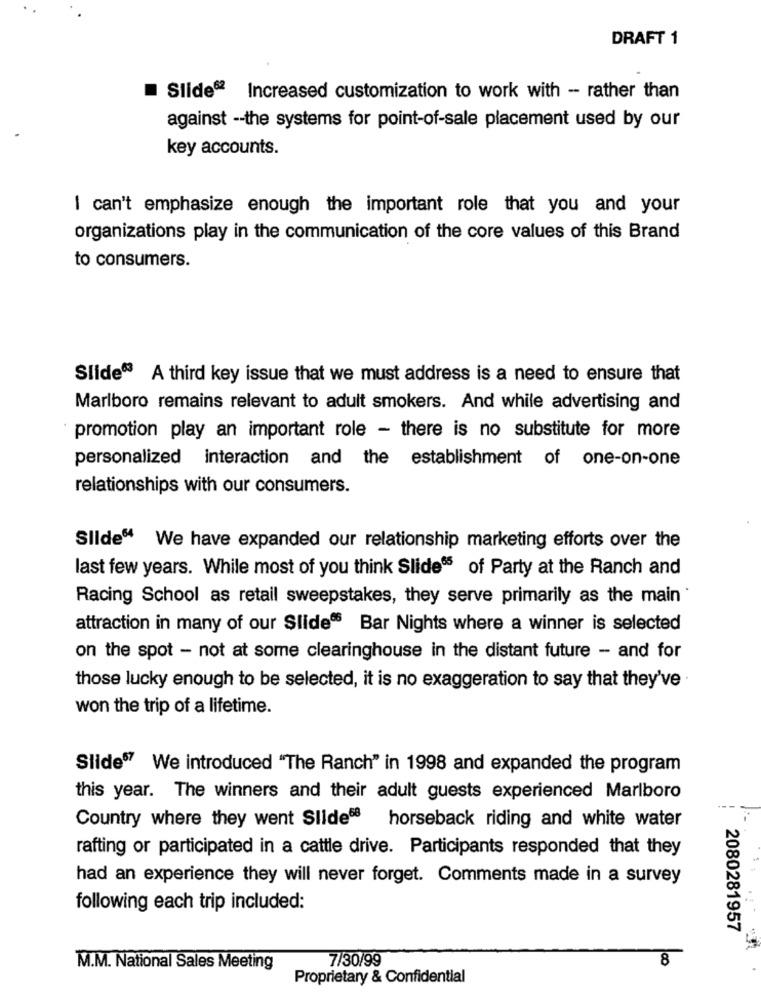
DRAFT 1
Slides? Increased customization to work with - rather than
against -- the systems for point-of-sale placement used by our
key accounts.
I can't emphasize enough the important role that you and your
organizations play in the communication of the core values of this Brand
to consumers.
Slide®3 A third key issue that we must address is a need to ensure that
Marlboro remains relevant to adult smokers. And while advertising and
promotion play an important role - there is no substitute for more
personalized interaction and the establishment of one-on-one
relationships with our consumers.
Slide“4 We have expanded our relationship marketing efforts over the
last few years. While most of you think Slides of Party at the Ranch and
Racing School as retail sweepstakes, they serve primarily as the main
attraction in many of our Slide Bar Nights where a winner is selected
on the spot - not at some clearinghouse in the distant future - and for
those lucky enough to be selected, it is no exaggeration to say that they've
won the trip of a lifetime.
Slide67 We introduced "The Ranch" in 1998 and expanded the program
this year. The winners and their adult guests experienced Marlboro
Country where they went Slide68 horseback riding and white water
rafting or participated in a cattle drive. Participants responded that they
had an experience they will never forget. Comments made in a survey
following each trip included:
2080281957
7/30/99
8
M.M. National Sales Meeting
Proprietary & Confidential